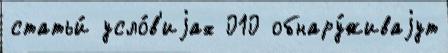
статьи́ усло́в'иjах 010 обнару́живаjут